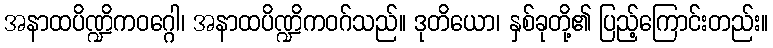
အနာထပိဏ္ဍိကဝဂ္ဂေါ၊ အနာထပိဏ္ဍိကဝဂ်သည်။ ဒုတိယော၊ နှစ်ခုတို့၏ ပြည့်ကြောင်းတည်း။